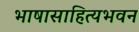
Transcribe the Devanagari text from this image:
भाषासाहित्यभवन